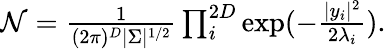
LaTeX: \begin{array}{r}{\mathcal{N}=\frac{1}{(2\pi)^{D}|\Sigma|^{1/2}}\prod_{i}^{2D}\exp(-\frac{|y_{i}|^{2}}{2\lambda_{i}}).}\end{array}